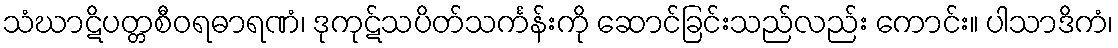
သံဃာဋိပတ္တစီဝရဓာရဏံ၊ ဒုကုဋ်သပိတ်သင်္ကန်းကို ဆောင်ခြင်းသည်လည်း ကောင်း။ ပါသာဒိကံ၊